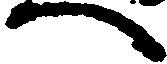
へ